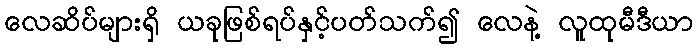
လေဆိပ်များရှိ ယခုဖြစ်ရပ်နှင့်ပတ်သက်၍ လေနဲ့ လူထုမီဒီယာ